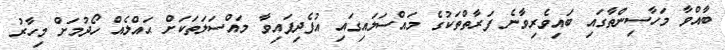
ބާއްވާ މަހާސިންތާގައި ބައިވެރިވާނެ ފަރާތްތަކުގެ މައްސަލައިގައި އުފެދިފައިވާ މައްސަލަތަކަށް ޙައްލެއް ހޯދުމަށް މިހާރު